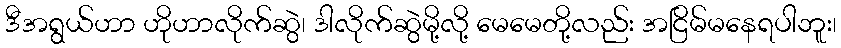
ဒီအရွယ်ဟာ ဟိုဟာလိုက်ဆွဲ၊ ဒါလိုက်ဆွဲမို့လို့ မေမေတို့လည်း အငြိမ်မနေရပါဘူး၊